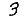
Digit: 3